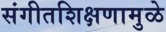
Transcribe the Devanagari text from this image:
संगीतशिक्षणामुळे